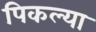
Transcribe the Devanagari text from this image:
पिकल्या